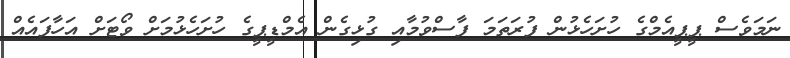
ނަމަވެސް ޕީޕީއެމްގެ ހުށަހެޅުން ފުރަތަމަ ފާސްވުމާއި ގުޅިގެން އެމްޑީޕީގެ ހުށަހެޅުމަށް ވޯޓަށް އަހާފައެއް